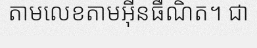
តាមលេខតាមអ៊ីនធឺណិត។ ជា